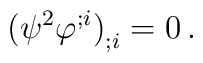
\big(\psi^2\varphi^{;i}\big)_{;i}=0\, .